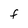
Character: f